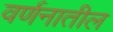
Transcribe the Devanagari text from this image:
वर्णनातील